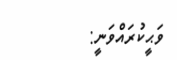
ވަޙީކުރައްވަނީ: